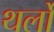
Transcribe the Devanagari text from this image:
थर्लो